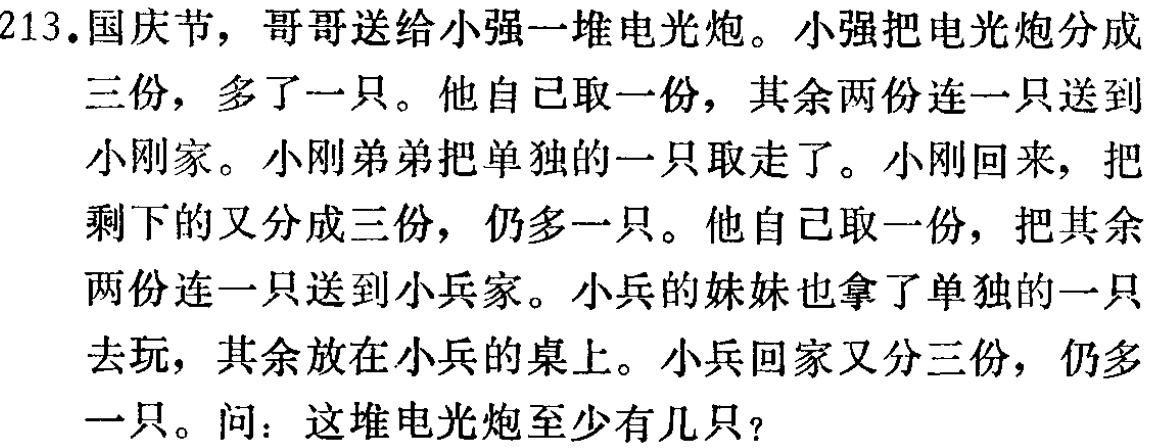
213.国庆节，哥哥送给小强一堆电光炮。小强把电光炮分成三份，多了一只。他自己取一份，其余两份连一只送到小刚家。小刚弟弟把单独的一只取走了。小刚回来，把剩下的又分成三份，仍多一只。他自己取一份，把其余两份连一只送到小兵家。小兵的妹妹也拿了单独的一只去玩，其余放在小兵的桌上。小兵回家又分三份，仍多一只。问：这堆电光炮至少有几只？